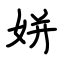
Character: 姘